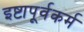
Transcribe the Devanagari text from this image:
इष्टापूर्वकर्म